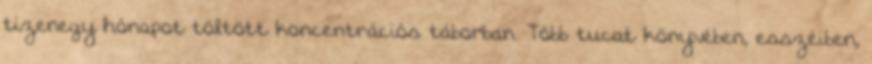
tizenegy hónapot töltött koncentrációs táborban. Több tucat könyvében, esszéiben,